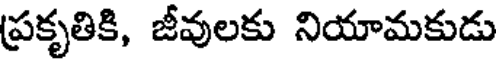
ప్రకృతికి, జీవులకు నియామకుడు